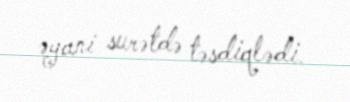
əyani surətdə təsdiqlədi.